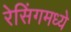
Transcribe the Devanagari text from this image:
रेसिंगमध्ये